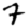
Digit: 7